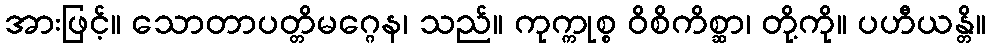
အားဖြင့်။ သောတာပတ္တိမဂ္ဂေန၊ သည်။ ကုက္ကုစ္စ ဝိစိကိစ္ဆာ၊ တို့ကို။ ပဟီယန္တိ။